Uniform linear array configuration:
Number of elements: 48
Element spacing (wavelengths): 0.25
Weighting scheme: hamming
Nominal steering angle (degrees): -30
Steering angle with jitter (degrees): -30.281
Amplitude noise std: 0.05
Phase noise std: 0.05

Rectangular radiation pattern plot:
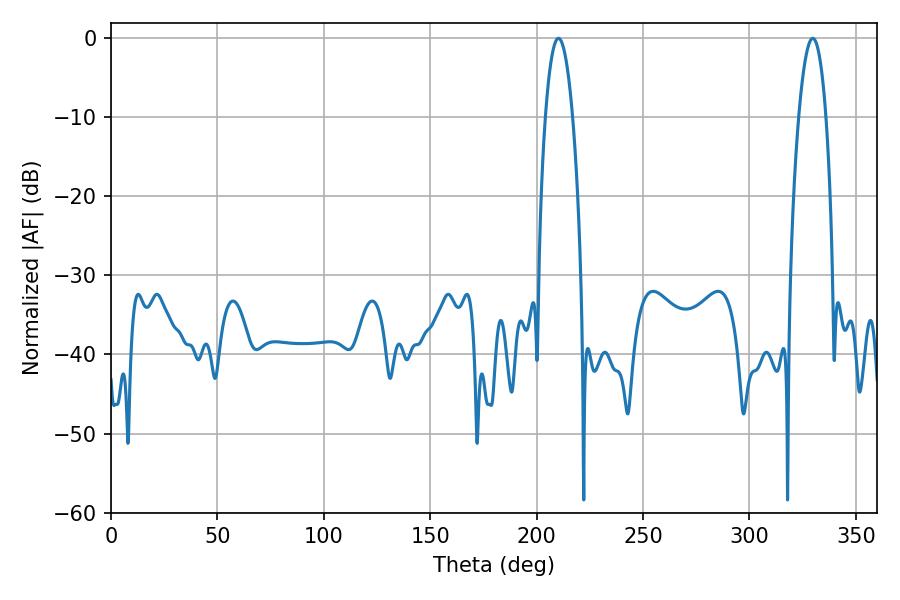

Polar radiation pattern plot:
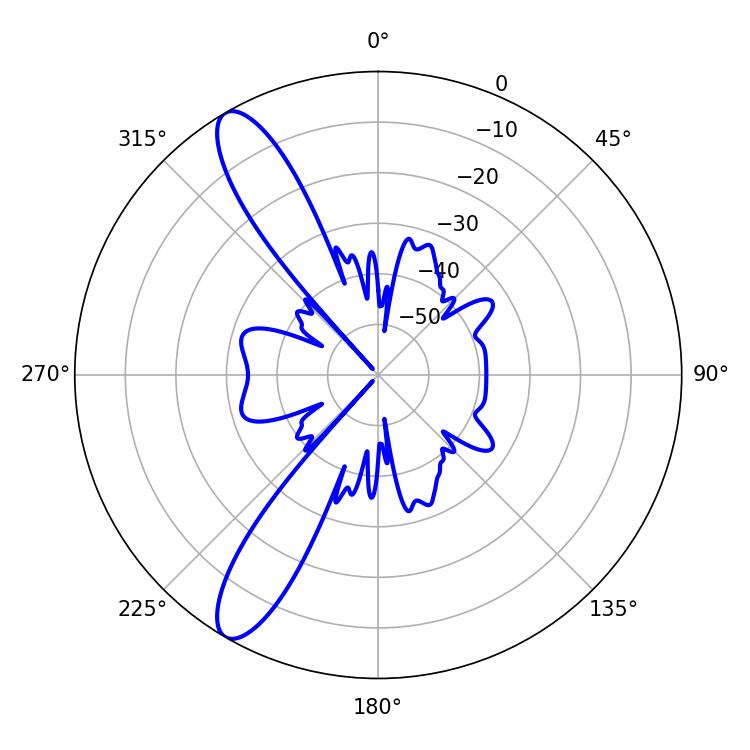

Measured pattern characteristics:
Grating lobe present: FALSE
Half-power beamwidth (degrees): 7.02
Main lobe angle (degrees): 210.24